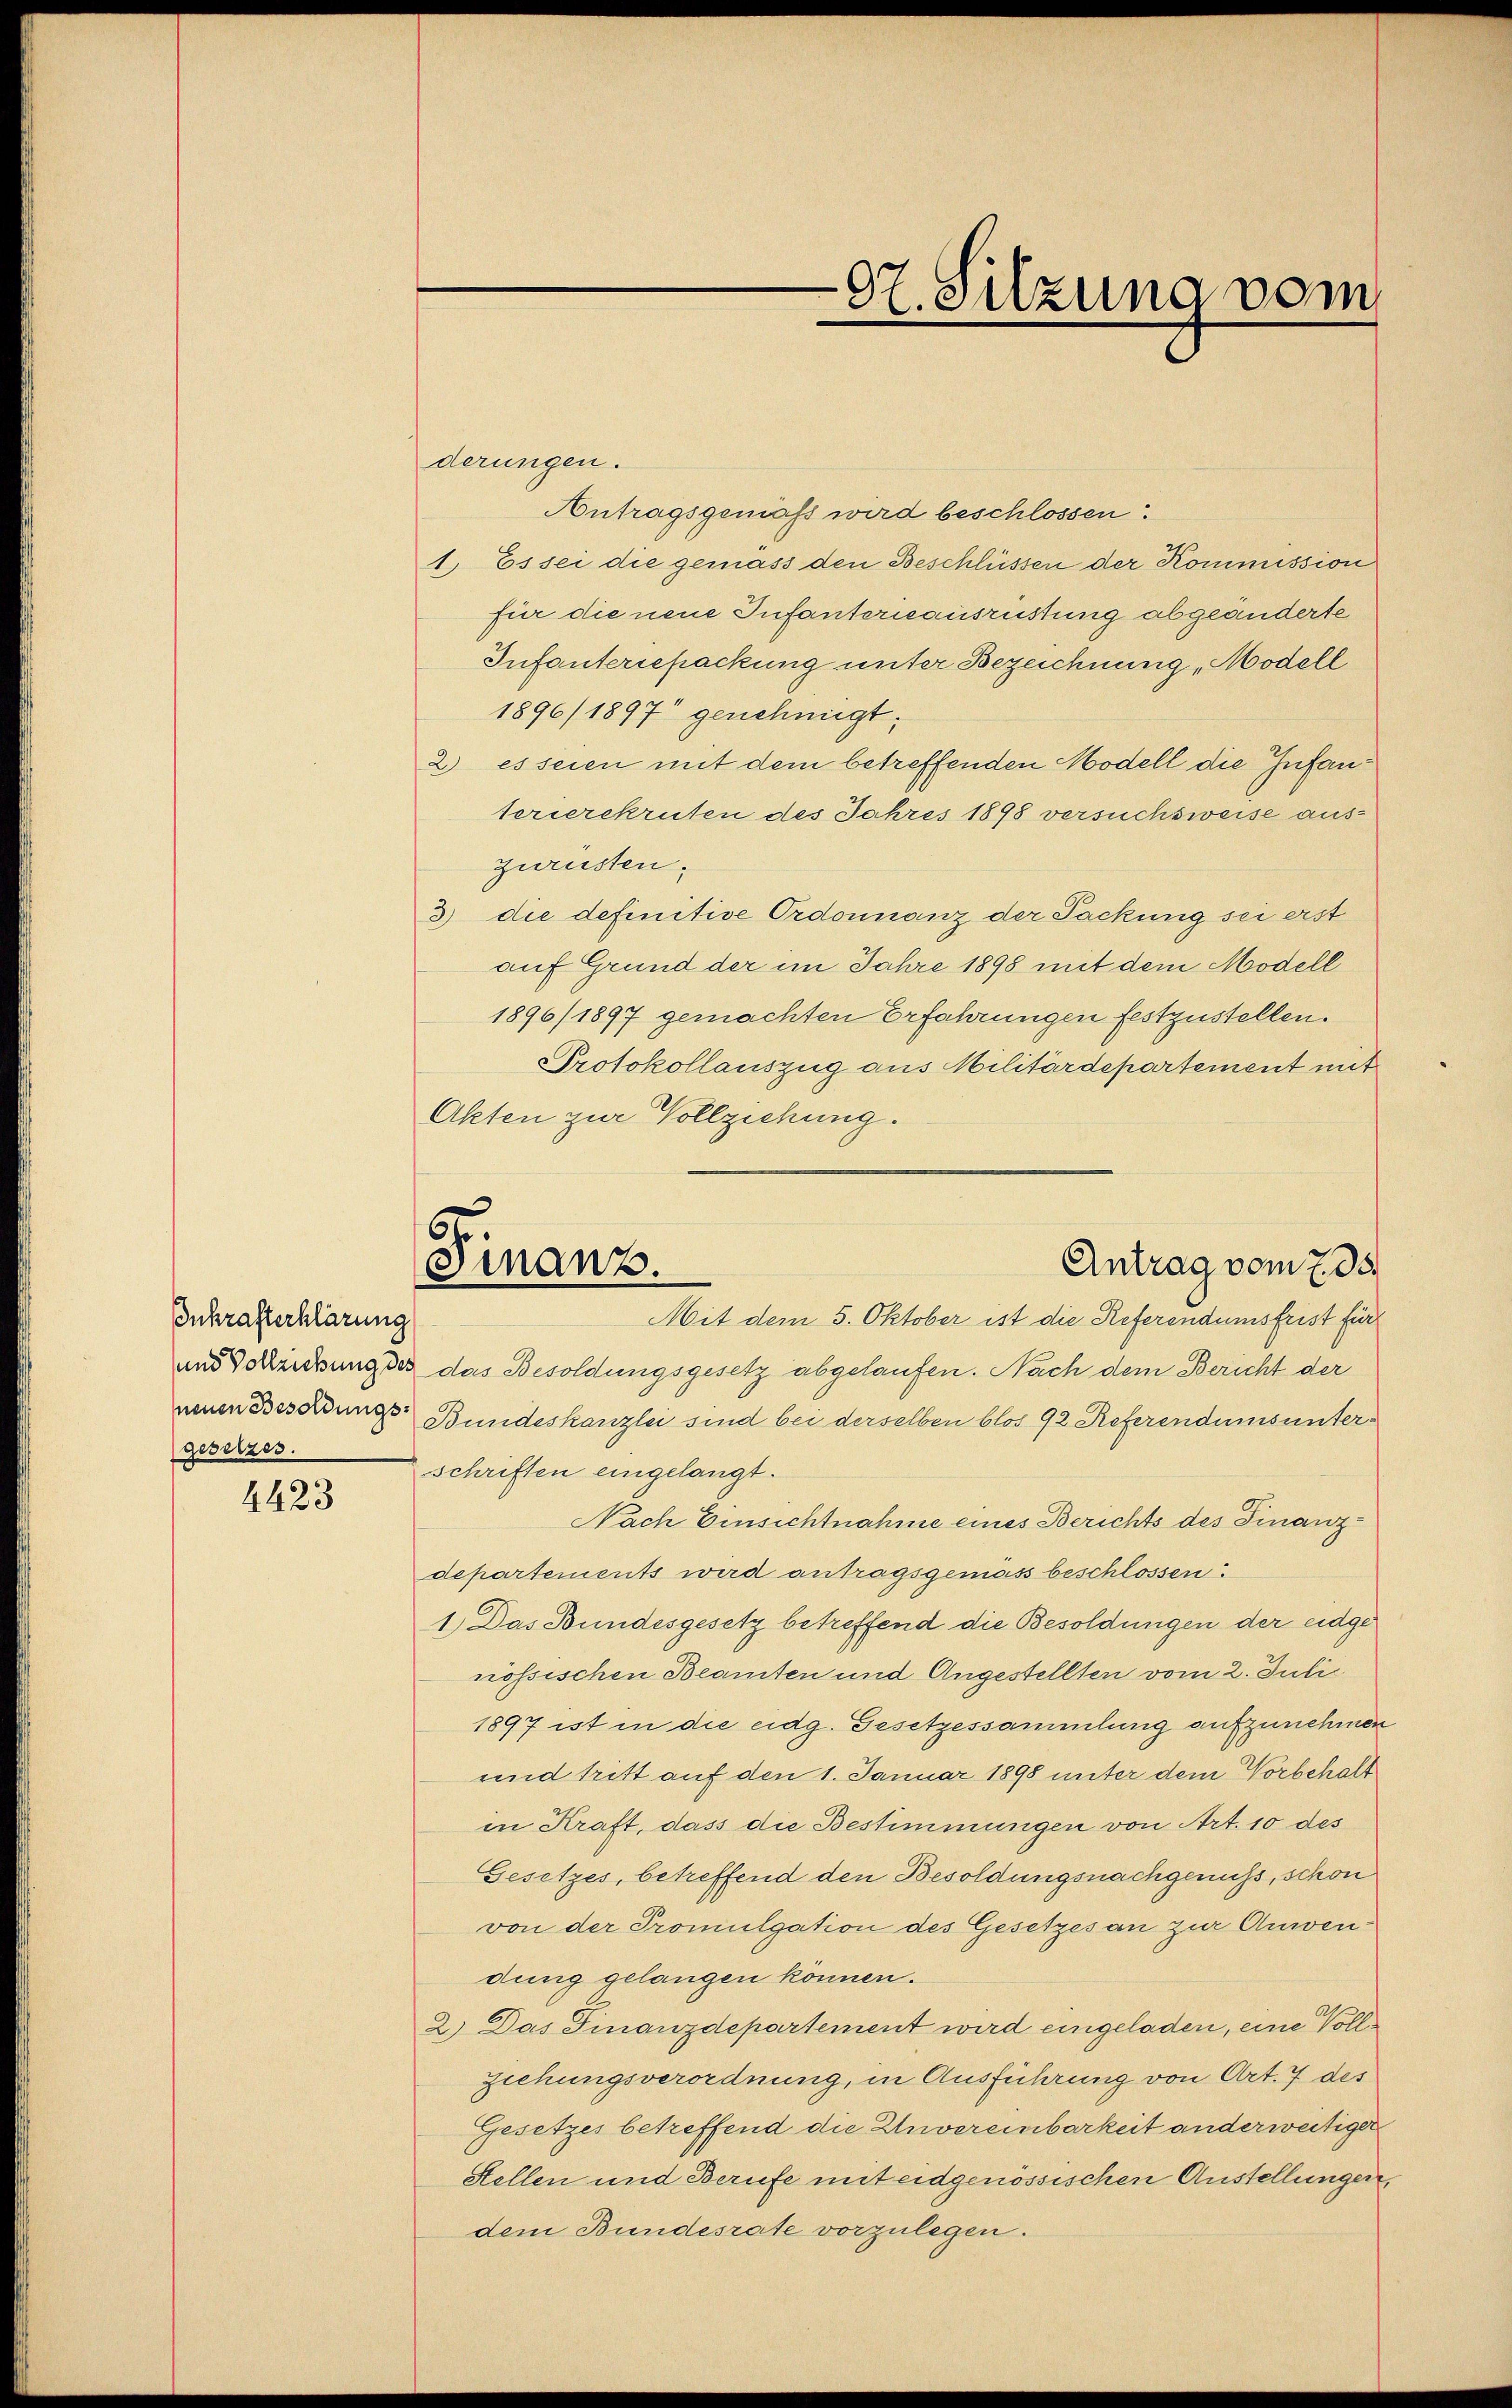
Inkrafterklärung
gesetzes.

4423

07. Sitzung vom

6
Antrag vom 7. ds.
Finanz.
Mit dem 5. Oktober ist die Referendumsfrist für

derungen.
Antragsgemäß wird beschlossen:
1. Es sei die gemäss den Beschlüssen der Kommission
für die neue Infanterieausrüstung abgeänderte
Infanteriepackung unter Bezeichnung, Modell
1896/ 1897 genehmigt;
2) es seien mit dem betreffenden Modell die Infanterierekruten des Jahres 1898 versuchsweise aus¬
Zurüsten.
3) die definitive Ordonnanz der Packung sei erst
auf Grund der im Jahre 1898 mit dem Modell
1896/1897 gemachten Erfahrungen festzustellen.
Protokollauszug aus Militärdepartement mit
Akten zur Vollziehung.
und Vorrechung des das Besoldungsgesetz abgelaufen. Nach dem Bericht der
neuen Besoldungs- Bundeskanzlei sind bei derselben blos 92 Referendums unter-
schriften eingelangt.
Nach Einsichtnahme eines Berichts des Finanzdepartements wird antragsgemäss beschlossen:
1.) Das Bundesgesetz betreffend die Besoldungen der eidgenössischen Beamten und Angestellten vom 2. Juli
1897 ist in die eidg. Gesetzessammlung aufzunehmen
und tritt auf den 1. Januar 1898 unter dem Vorbehalt
in Kraft, dass die Bestimmungen von Art. 10 des
Gesetzes, betreffend den Besoldungsnachgenuss, schon
von der Promulgation des Gesetzes an zur Anwendung gelangen können.
2.) Das Finanzdepartement wird eingeladen, eine Voll¬
Ziehungsverordnung, in Ausführung von Art. 7 des
Gesetzes betreffend die Unvereinbarkeit anderweitiger
Stellen und Berufe mit eidgenössischen Anstellungen,
dem Bundesrate vorzulegen.